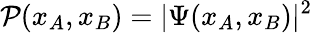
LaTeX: \mathcal{P}(x_{A},x_{B})=\vert\Psi(x_{A},x_{B})\vert^{2}